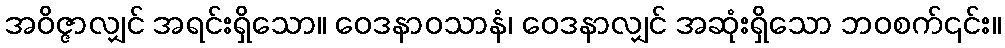
အဝိဇ္ဇာလျှင် အရင်းရှိသော။ ဝေဒနာဝသာနံ၊ ဝေဒနာလျှင် အဆုံးရှိသော ဘဝစက်၎င်း။